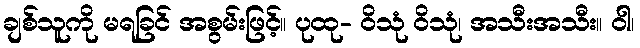
ချစ်သူကို မရခြင် အစွမ်းဖြင့်။ ပုထု- ဝိသုံ ဝိသုံ၊ အသီးအသီး။ ဝါ၊